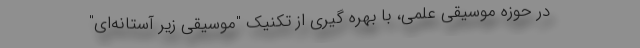
در حوزه موسیقی علمی، با بهره گیری از تکنیک "موسیقی زیر آستانه‌ای"